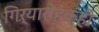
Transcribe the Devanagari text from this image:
गिऱ्यारोहकही